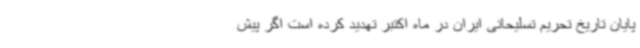
پایان تاریخ تحریم تسلیحاتی ایران در ماه اکتبر تهدید کرده است اگر پیش